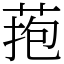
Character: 菢